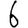
Digit: 6